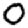
Digit: 0